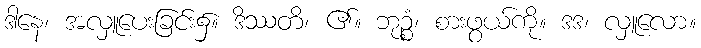
ဒါနေ၊ အလှူပေးခြင်း၌။ ဒိဿတိ၊ ၏။ ဘုဉ္စံ၊ စားဖွယ်ကို။ ဒဒ၊ လှူလော။